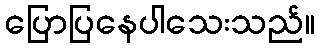
ပြောပြနေပါသေးသည်။